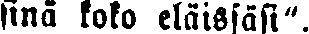
sinä koko eläissäsi".